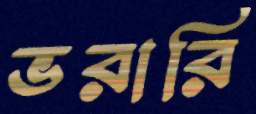
ভরারি